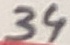
Text: 34